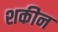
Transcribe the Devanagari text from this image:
शकीन